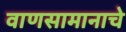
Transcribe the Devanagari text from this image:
वाणसामानाचे